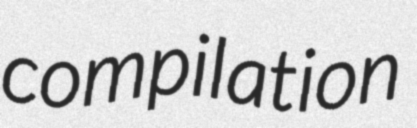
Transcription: compilation